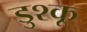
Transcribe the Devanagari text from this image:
डुश्कू